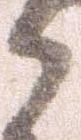
う